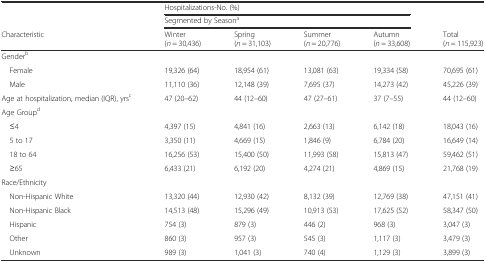
|  | <COLSPAN=4> Hospitalizations-No. (%) |  |
 |  | <COLSPAN=4> Segmented by Seasona |  |
 | Characteristic | Winter(n = 30,436) | Spring(n = 31,103) | Summer(n = 20,776) | Autumn(n = 33,608) | Total(n = 115,923) |
 | --- | --- | --- | --- | --- | --- |
 | <COLSPAN=6> Genderb |
 | Female | 19,326 (64) | 18,954 (61) | 13,081 (63) | 19,334 (58) | 70,695 (61) |
 | Male | 11,110 (36) | 12,148 (39) | 7,695 (37) | 14,273 (42) | 45,226 (39) |
 | Age at hospitalization, median (IQR), yrsc | 47 (20–62) | 44 (12–60) | 47 (27–61) | 37 (7–55) | 44 (12–60) |
 | <COLSPAN=6> Age Groupd |
 | ≤4 | 4,397 (15) | 4,841 (16) | 2,663 (13) | 6,142 (18) | 18,043 (16) |
 | 5 to 17 | 3,350 (11) | 4,669 (15) | 1,846 (9) | 6,784 (20) | 16,649 (14) |
 | 18 to 64 | 16,256 (53) | 15,400 (50) | 11,993 (58) | 15,813 (47) | 59,462 (51) |
 | ≥65 | 6,433 (21) | 6,192 (20) | 4,274 (21) | 4,869 (15) | 21,768 (19) |
 | <COLSPAN=6> Race/Ethnicity |
 | Non-Hispanic White | 13,320 (44) | 12,930 (42) | 8,132 (39) | 12,769 (38) | 47,151 (41) |
 | Non-Hispanic Black | 14,513 (48) | 15,296 (49) | 10,913 (53) | 17,625 (52) | 58,347 (50) |
 | Hispanic | 754 (3) | 879 (3) | 446 (2) | 968 (3) | 3,047 (3) |
 | Other | 860 (3) | 957 (3) | 545 (3) | 1,117 (3) | 3,479 (3) |
 | Unknown | 989 (3) | 1,041 (3) | 740 (4) | 1,129 (3) | 3,899 (3) |